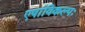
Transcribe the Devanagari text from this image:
एषांविकल्पः